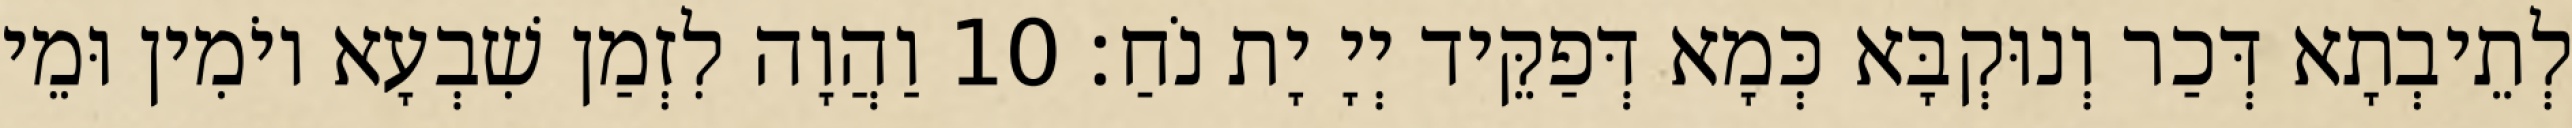
לְתֵיבְתָא דְּכַר וְנוּקְבָּא כְּמָא דְּפַקֵּיד יְיָ יָת נֹחַ׃ 10 וַהֲוָה לִזְמַן שִׁבְעָא יוֹמִין וּמֵי